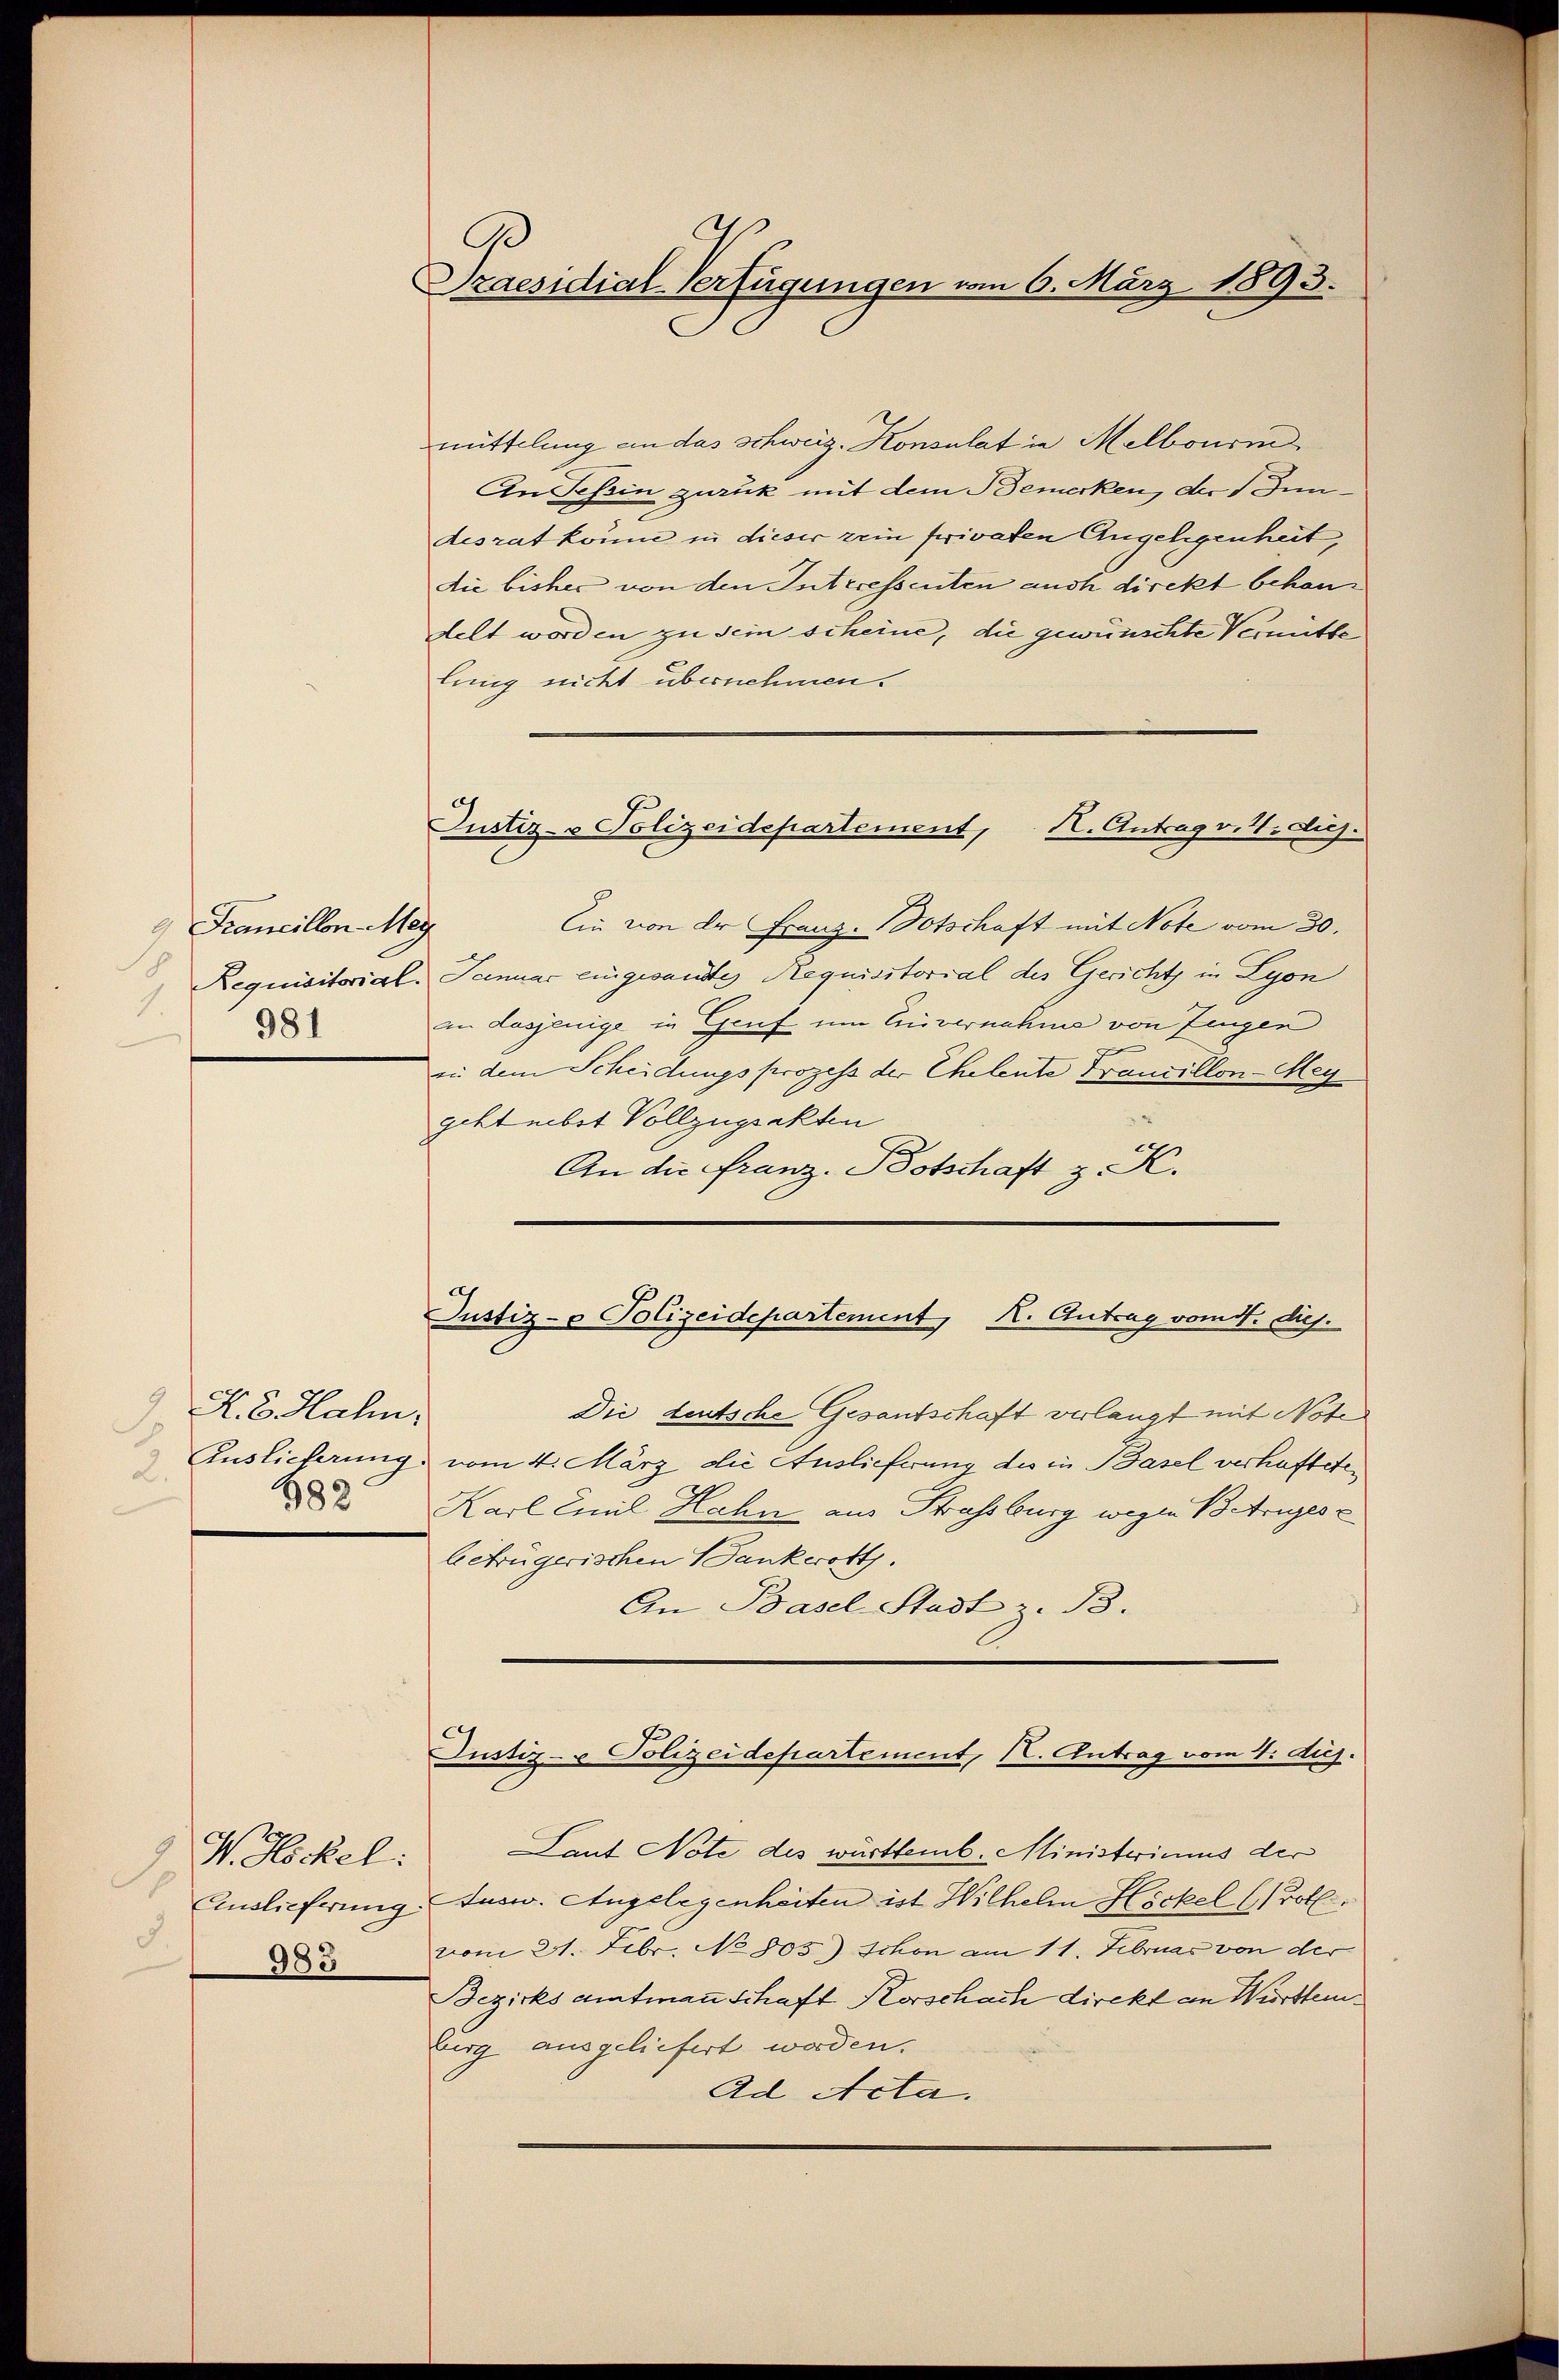
9) Francillen Mey
1.
981

9 R. G. Hahn:
F
Auslieferung.
2.
383

N. Höckel:
Auslieferung.
983

Draesidial-Verfügungen vom 6. März 1893.

mittelung an das schweiz. Konsulat in Melbouri
An Tessin zurück mit dem Bemerken, der Inndesrat könne in dieser rein privaten Angelegenheit,
die bisher von den Interessenten auch direkt behandelt worden zu sein scheine, die gewünschte Vermitte
lung nicht übernehmen.
lin von der Franz-Dotschaft mit Note vom 30.
Requisitorial. Januar eingesandtes Requisitorial des Gerichts in Lyon
in dasjenige in Genf um Einvernahme von Zingen
in dem Scheidungsprozess der Eheleute Francillon-Mey
geht nebst Vollzugsakten
An die Franz- Botschaft z. K.

Justiz- & Polizeidepartement, H. Antrag v. 4. diej

Justiz- & Polizeidepartement, K. Antrag vom 5. dies.

Die deutsche Gesantschaft verlangt mit Note
vom 4. März die Auslieferung des in Basel verhafteten
Karl Emil Hahn aus Strassburg wegen Betrugesc
betrügerischen Bankwort.
An Basel-Stadt z. B.
Justiz- & Polizeidepartement, I. Antrag vom 4. duj.
Lant Note des württemb. Ministerimus der
Jusw. Angelegenheiten ist Wilhelm Höckel (Prot
vom 21. Febr. No 805) schon am 11. Februar von der
Bezirksamtmann Schaft Korschach direkt an Württemburg ausgeliefert worden.
Ad Acta.